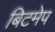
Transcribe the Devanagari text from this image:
बिटमेप